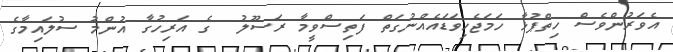
އެވަރުންވެސް ހިތްޕުޅާ ހަމަޖެހިވަޑައެއްނުގަތް ފަތިސްވީމާ ރަސޫލު  ގެ އަރިހުގާ އުންމު ސުލައިމާގެ